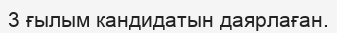
3 ғылым кандидатын даярлаған.